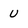
Character: u